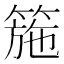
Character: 箷